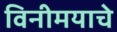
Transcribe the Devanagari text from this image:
विनीमयाचे